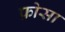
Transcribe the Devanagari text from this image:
फ़ोसा